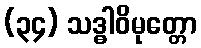
(၃၄) သဒ္ဓါဝိမုတ္တော